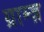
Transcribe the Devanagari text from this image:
ग्राम्ज़